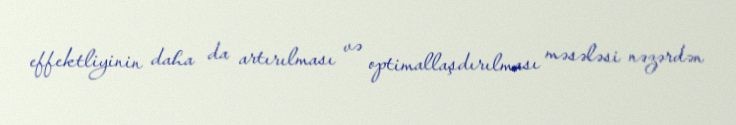
effektliyinin daha da artırılması və optimallaşdırılması məsələsi nəzərdən